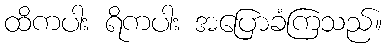
ထိကပါး ရိကပါး အပြောခံကြသည်။